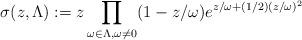
LaTeX: \begin{align*}\sigma(z,\Lambda):=z \prod_{\omega \in \Lambda, \omega \ne 0} (1-z/\omega)e^{z/\omega+(1/2)(z/\omega)^2}\end{align*}